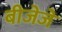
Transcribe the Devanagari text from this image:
बीजेजे